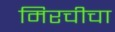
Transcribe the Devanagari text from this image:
मिरचीचा